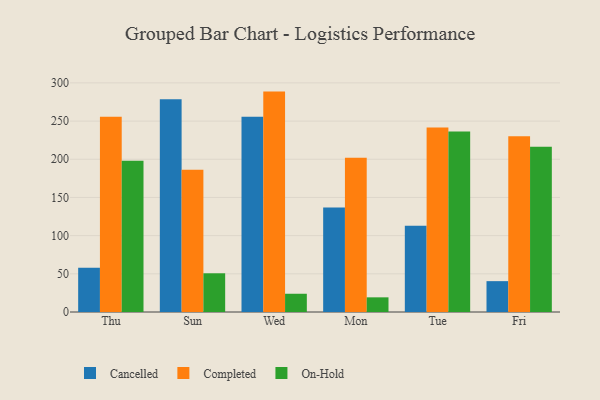
{"axis": {"x": "Day", "y": "LTV (USD)"}, "legend": ["Cancelled", "Completed", "On-Hold"], "data": [{"x": "Thu", "y": 58.0, "type": "Cancelled"}, {"x": "Thu", "y": 255.6, "type": "Completed"}, {"x": "Thu", "y": 198.2, "type": "On-Hold"}, {"x": "Sun", "y": 278.5, "type": "Cancelled"}, {"x": "Sun", "y": 186.4, "type": "Completed"}, {"x": "Sun", "y": 50.7, "type": "On-Hold"}, {"x": "Wed", "y": 255.8, "type": "Cancelled"}, {"x": "Wed", "y": 288.6, "type": "Completed"}, {"x": "Wed", "y": 23.9, "type": "On-Hold"}, {"x": "Mon", "y": 136.7, "type": "Cancelled"}, {"x": "Mon", "y": 202.0, "type": "Completed"}, {"x": "Mon", "y": 19.2, "type": "On-Hold"}, {"x": "Tue", "y": 113.1, "type": "Cancelled"}, {"x": "Tue", "y": 241.7, "type": "Completed"}, {"x": "Tue", "y": 236.3, "type": "On-Hold"}, {"x": "Fri", "y": 40.4, "type": "Cancelled"}, {"x": "Fri", "y": 230.1, "type": "Completed"}, {"x": "Fri", "y": 216.3, "type": "On-Hold"}]}